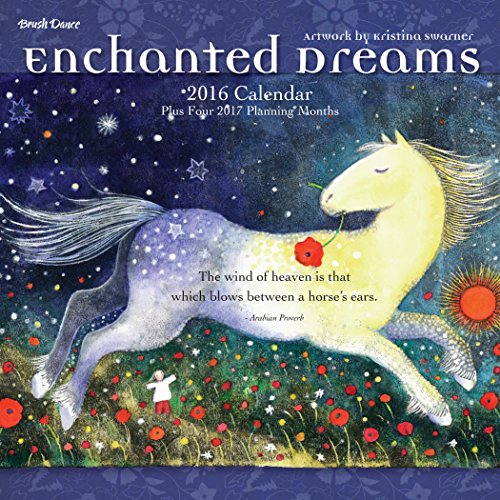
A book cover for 2016 Enchanted Dreams Mini Calendar; Brush Dance and Kristina Swarner; Calendars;